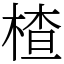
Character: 楂